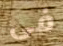
فى